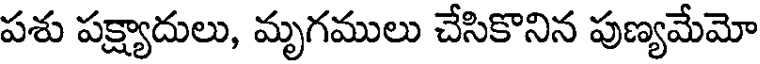
పశు పక్ష్యాదులు, మృగములు చేసికొనిన పుణ్యమేమో